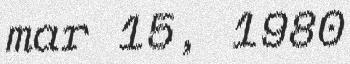
mar 15, 1980